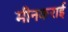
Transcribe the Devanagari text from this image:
मीनकराई